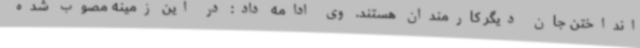
انداختن جان دیگر کارمندان هستند. وی ادامه داد: در این زمینه مصوب شده